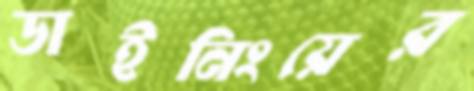
ডাইনিংয়ের